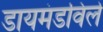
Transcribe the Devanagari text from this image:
डायमंडविले